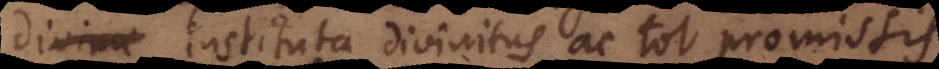
divinae instituta divinitus ac tot promissis